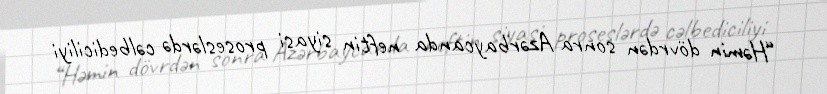
“Həmin dövrdən sonra Azərbaycanda neftin siyasi proseslərdə cəlbediciliyi